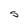
Character: S